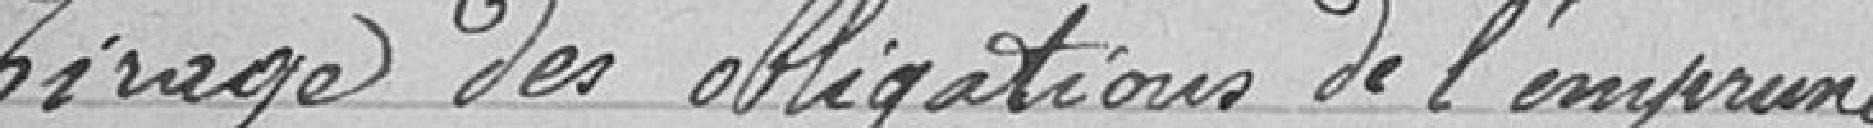
Tirage des obligations de l'emprunt